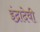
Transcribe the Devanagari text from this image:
इंद्रादेवी